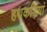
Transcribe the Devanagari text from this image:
हथकड़ियां